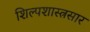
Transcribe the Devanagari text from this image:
शिल्पशास्त्रसार